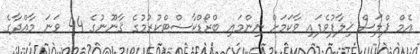
އެމް ޕްލަސް ޚިލާފުވެފައި ވާކަމަށް ނިންމައި ބްރޯޑްކާސްޓްކުރުމުގެ ޤާނޫނުގެ 44 ވަނަ މާއްދާގެ